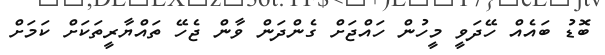
ބޮޑު ބައެއް ހޭދަވީ މީހުން ހައްޖަށް ގެންދަން ވާން ޖެހޭ ތައްޔާރީތަކަށް ކަމަށް